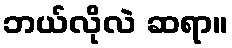
ဘယ်လိုလဲ ဆရာ။